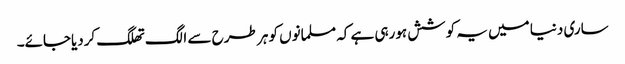
ساری دنیا میں یہ کوشش ہورہی ہے کہ مسلمانوں کو ہر طرح سے الگ تھلگ کردیاجائے۔